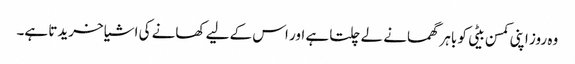
وہ روز اپنی کمسن بیٹی کو باہر گھمانے لے چلتا ہے اور اس کے لیے کھانے کی اشیا خریدتا ہے۔